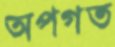
অপগত